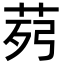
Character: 𦯢